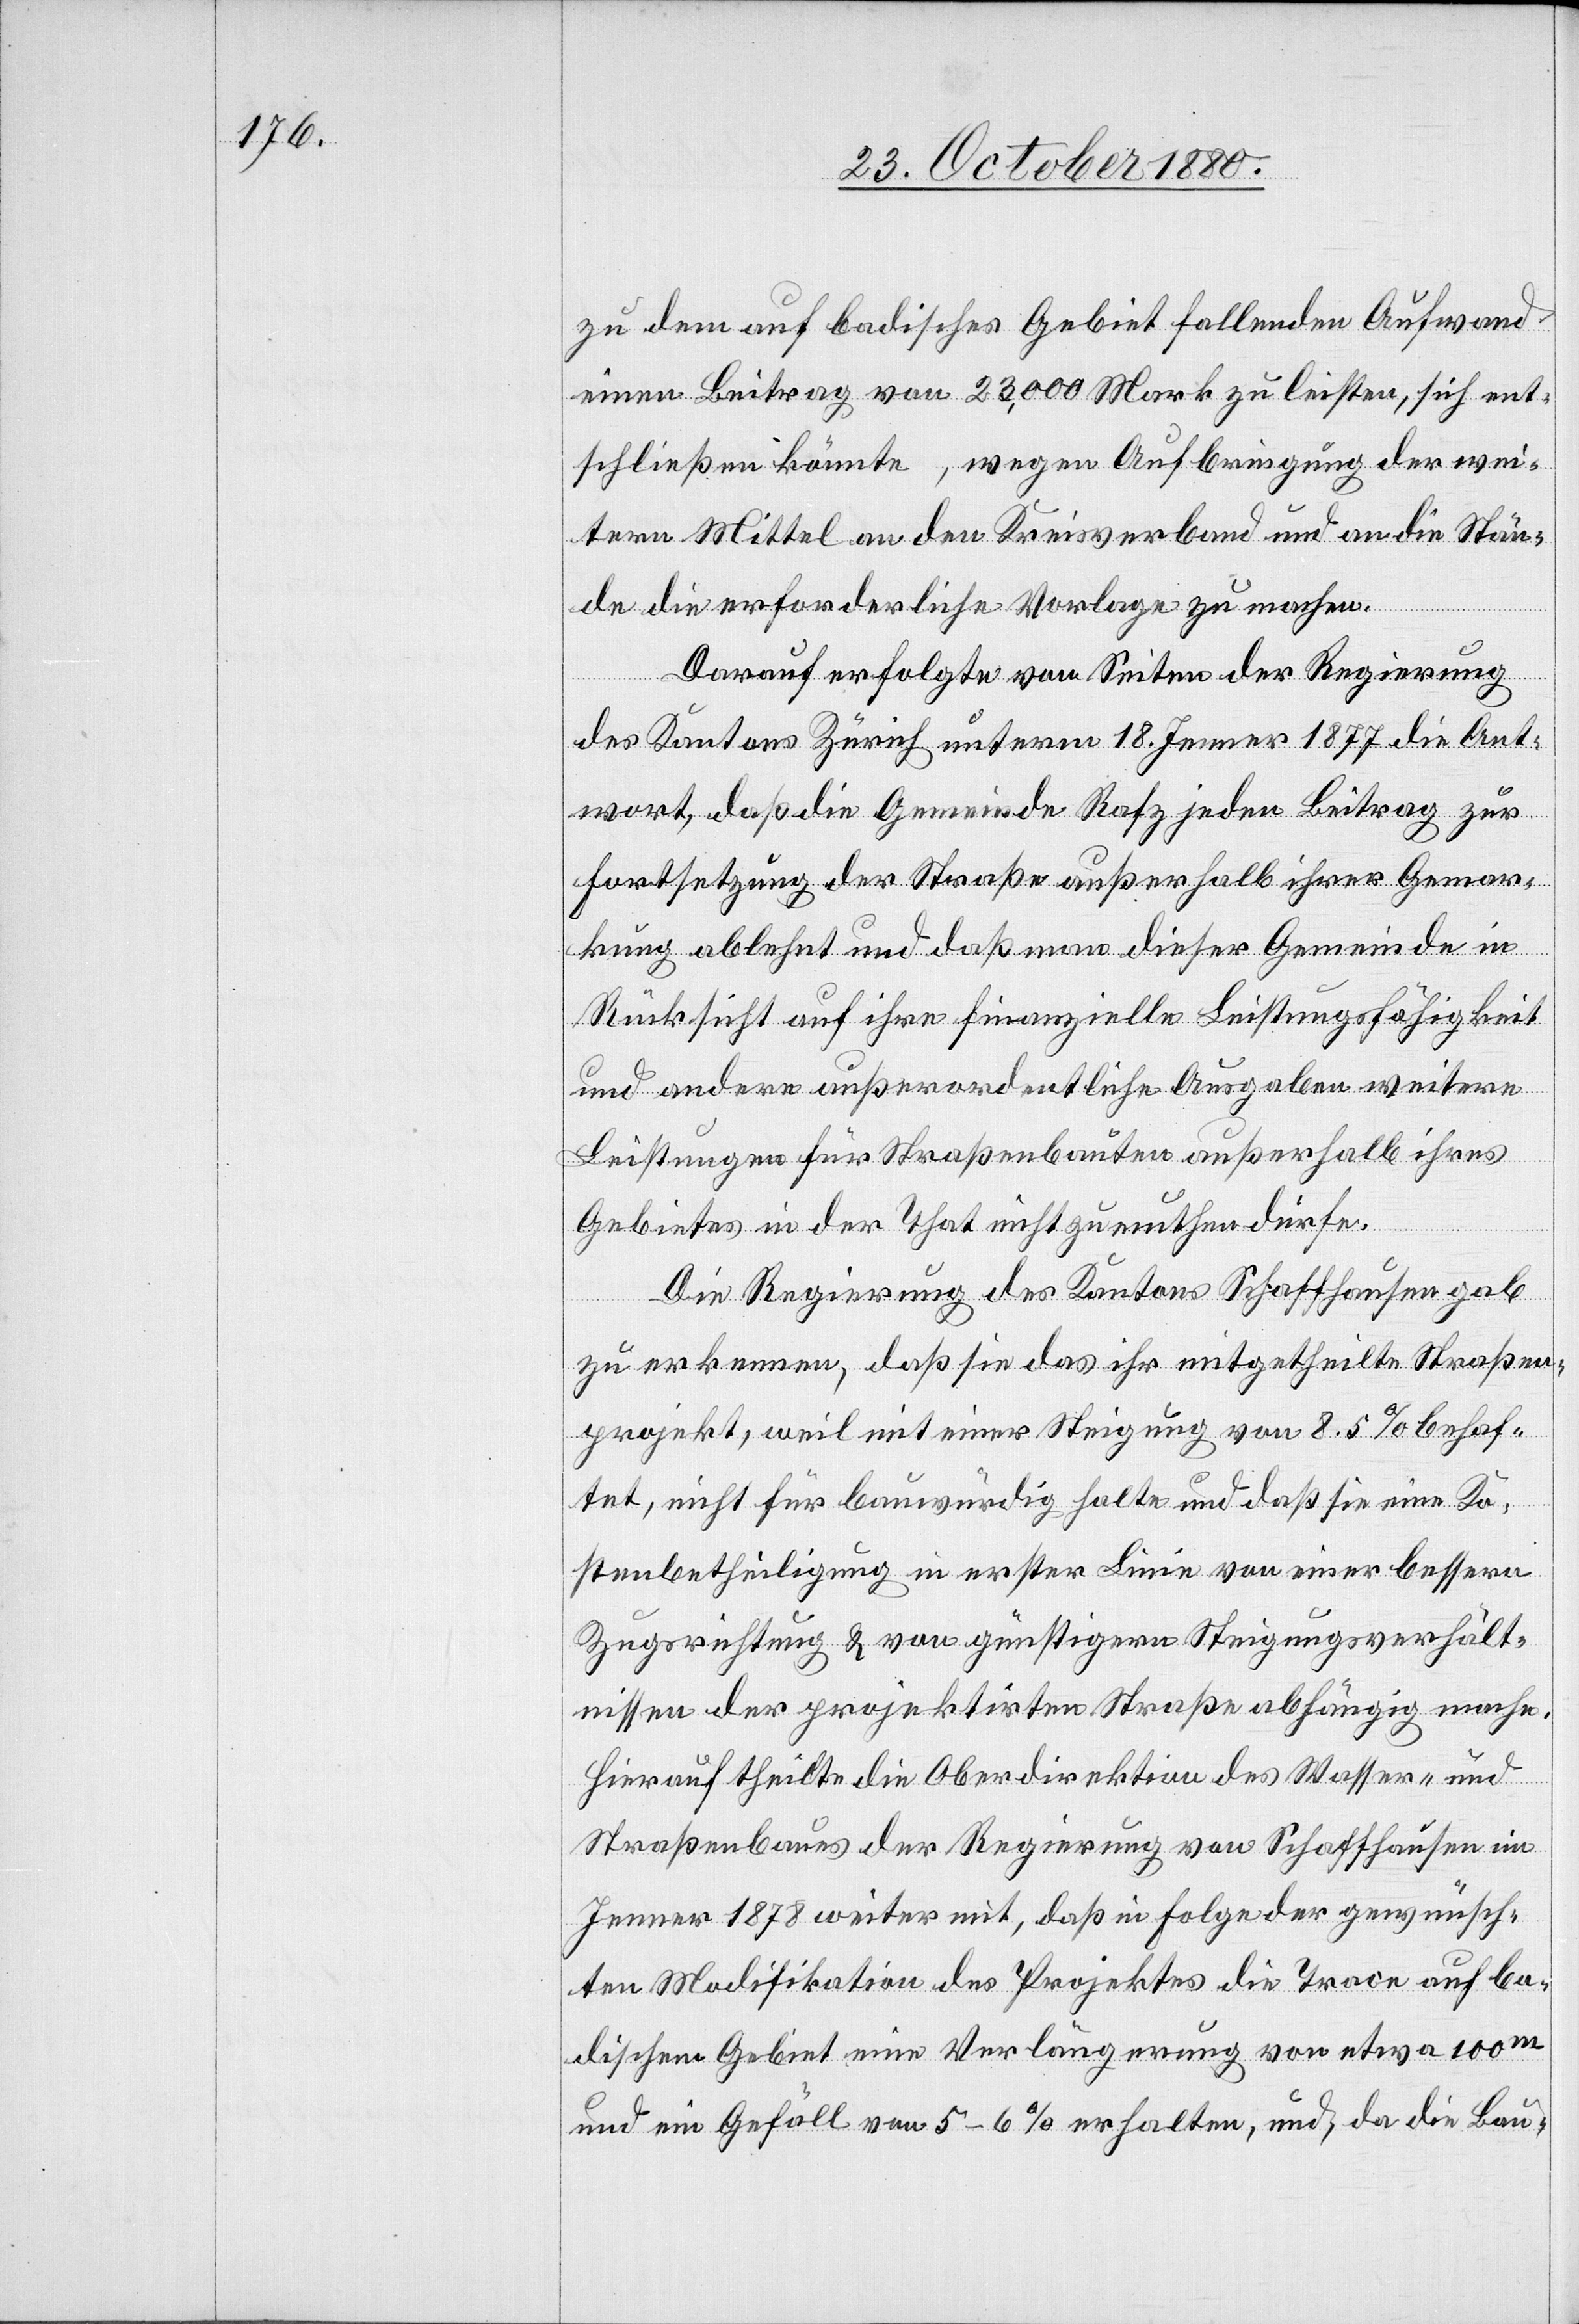
zu dem auf badisches Gebiet fallenden Aufwand
einen Beitrag von 23,000 Mark zu leisten, sich ent¬
schließen könnte, wegen Aufbringung der wei¬
tern Mittel an den Kreisverband und an die Stän¬
de die erforderliche Vorlage zu machen.
Darauf erfolgte von Seiten der Regierung
des Kantons Zürich unterm 18. Jenner 1877 die Ant¬
wort, daß die Gemeinde Rafz jeden Beitrag zur
Fortsetzung der Straße außerhalb ihrer Gemar¬
kung ablehnt und daß man dieser Gemeinde in
Rücksicht auf ihre finanzielle Leistungsfähigkeit
und andere außerordentliche Ausgaben weitere
Leistungen für Straßenbauten außerhalb ihres
Gebietes in der That nicht zumuthen dürfe.
Die Regierung des Kantons Schaffhausen gab
zu erkennen, daß sie das ihr mitgetheilte Straßen¬
projekt, weil mit einer Steigung von 8.5% behaf¬
tet, nicht für bauwürdig halte und daß sie eine Ko¬
stenbetheiligung in erster Linie von einer bessern
Zugsrichtung & von günstigern Steigungsverhält¬
nissen der projektirten Straße abhängig mache.
Hierauf theilte die Oberdirektion des Wasser- und
Straßenbaues der Regierung von Schaffhausen im
Jenner 1878 weiter mit, daß in Folge der gewünsch¬
ten Modifikation des Projektes die Trace auf ba¬
dischem Gebiet eine Verlängerung von etwa 100m
und ein Gefäll von 5–6% erhalten, und, da die Bau-